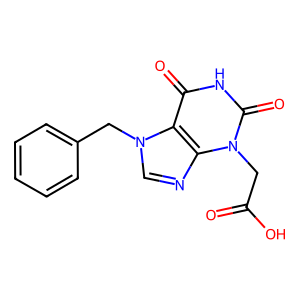
SMILES: O=C(O)Cn1c(=O)[nH]c(=O)c2c1ncn2Cc1ccccc1
Inhibits HIV replication: No